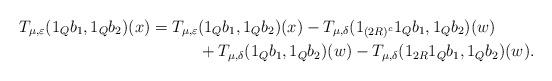
LaTeX: \begin{align*}T_{\mu, \varepsilon}(1_Qb_1, 1_Qb_2)(x) = T_{\mu, \varepsilon}&(1_Qb_1, 1_Qb_2)(x) - T_{\mu, \delta}(1_{(2R)^c}1_Qb_1, 1_Qb_2)(w) \\&+ T_{\mu, \delta}(1_Qb_1, 1_Qb_2)(w) - T_{\mu, \delta}(1_{2R}1_Qb_1, 1_Qb_2)(w).\end{align*}